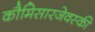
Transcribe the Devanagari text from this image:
कौमिसारजेवस्की